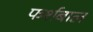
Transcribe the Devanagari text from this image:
फर्शबाल